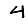
Digit: 4